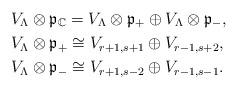
LaTeX: \begin{align*}& V_\Lambda\otimes\frak{p}_{\mathbb{C}} =V_\Lambda\otimes\frak{p}_+\oplus V_\Lambda\otimes\frak{p}_-,\\& V_\Lambda\otimes \frak{p}_+\cong V_{r+1, s+1}\oplus V_{r-1,s+2},\\& V_\Lambda\otimes\frak{p}_-\cong V_{r+1,s-2}\oplus V_{r-1,s-1}. \end{align*}